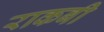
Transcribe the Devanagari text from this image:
राकबी